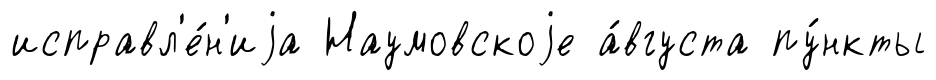
исправл'е́н'иjа Наумовскоjе а́вгуста пу́нкты